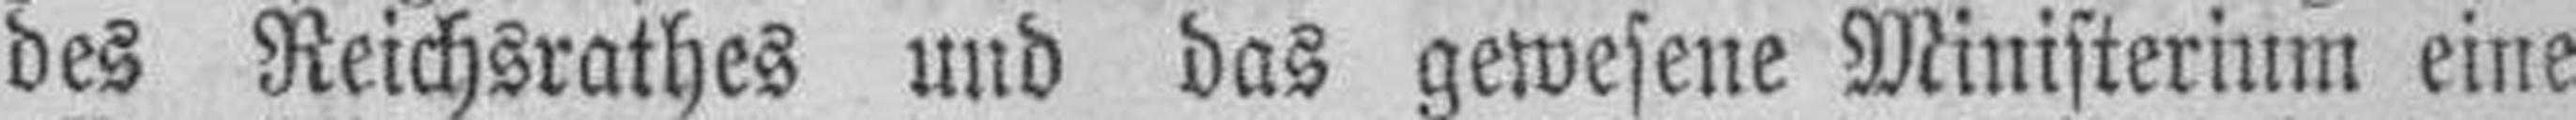
des Reichsrathes und das gewesene Ministerium eine